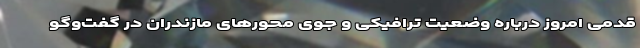
قدمی امروز درباره وضعیت ترافیکی و جوی محورهای مازندران در گفت‌وگو